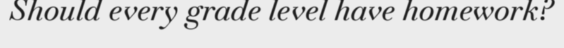
Should every grade level have homework?